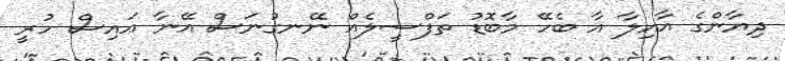
ދިޔާންގެ އާއިލާ އާ ބެހޭ މާބޮޑު ތަފްސީލެއް ނޭނގުނަސް އޭނާ އައިސް ހުރީ